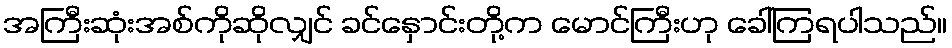
အကြီးဆုံးအစ်ကိုဆိုလျှင် ခင်နှောင်းတို့က မောင်ကြီးဟု ခေါ်ကြရပါသည်။